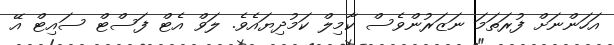
އަހަންނަށް ފުރަތަމަ ނަޒަރުންވެސް ކާމިލް ކަމުދިޔައެވެ. ލަވް އެޓް ފަސްޓް ސައިޓް އޭ